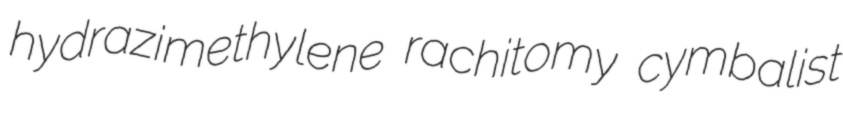
hydrazimethylene rachitomy cymbalist